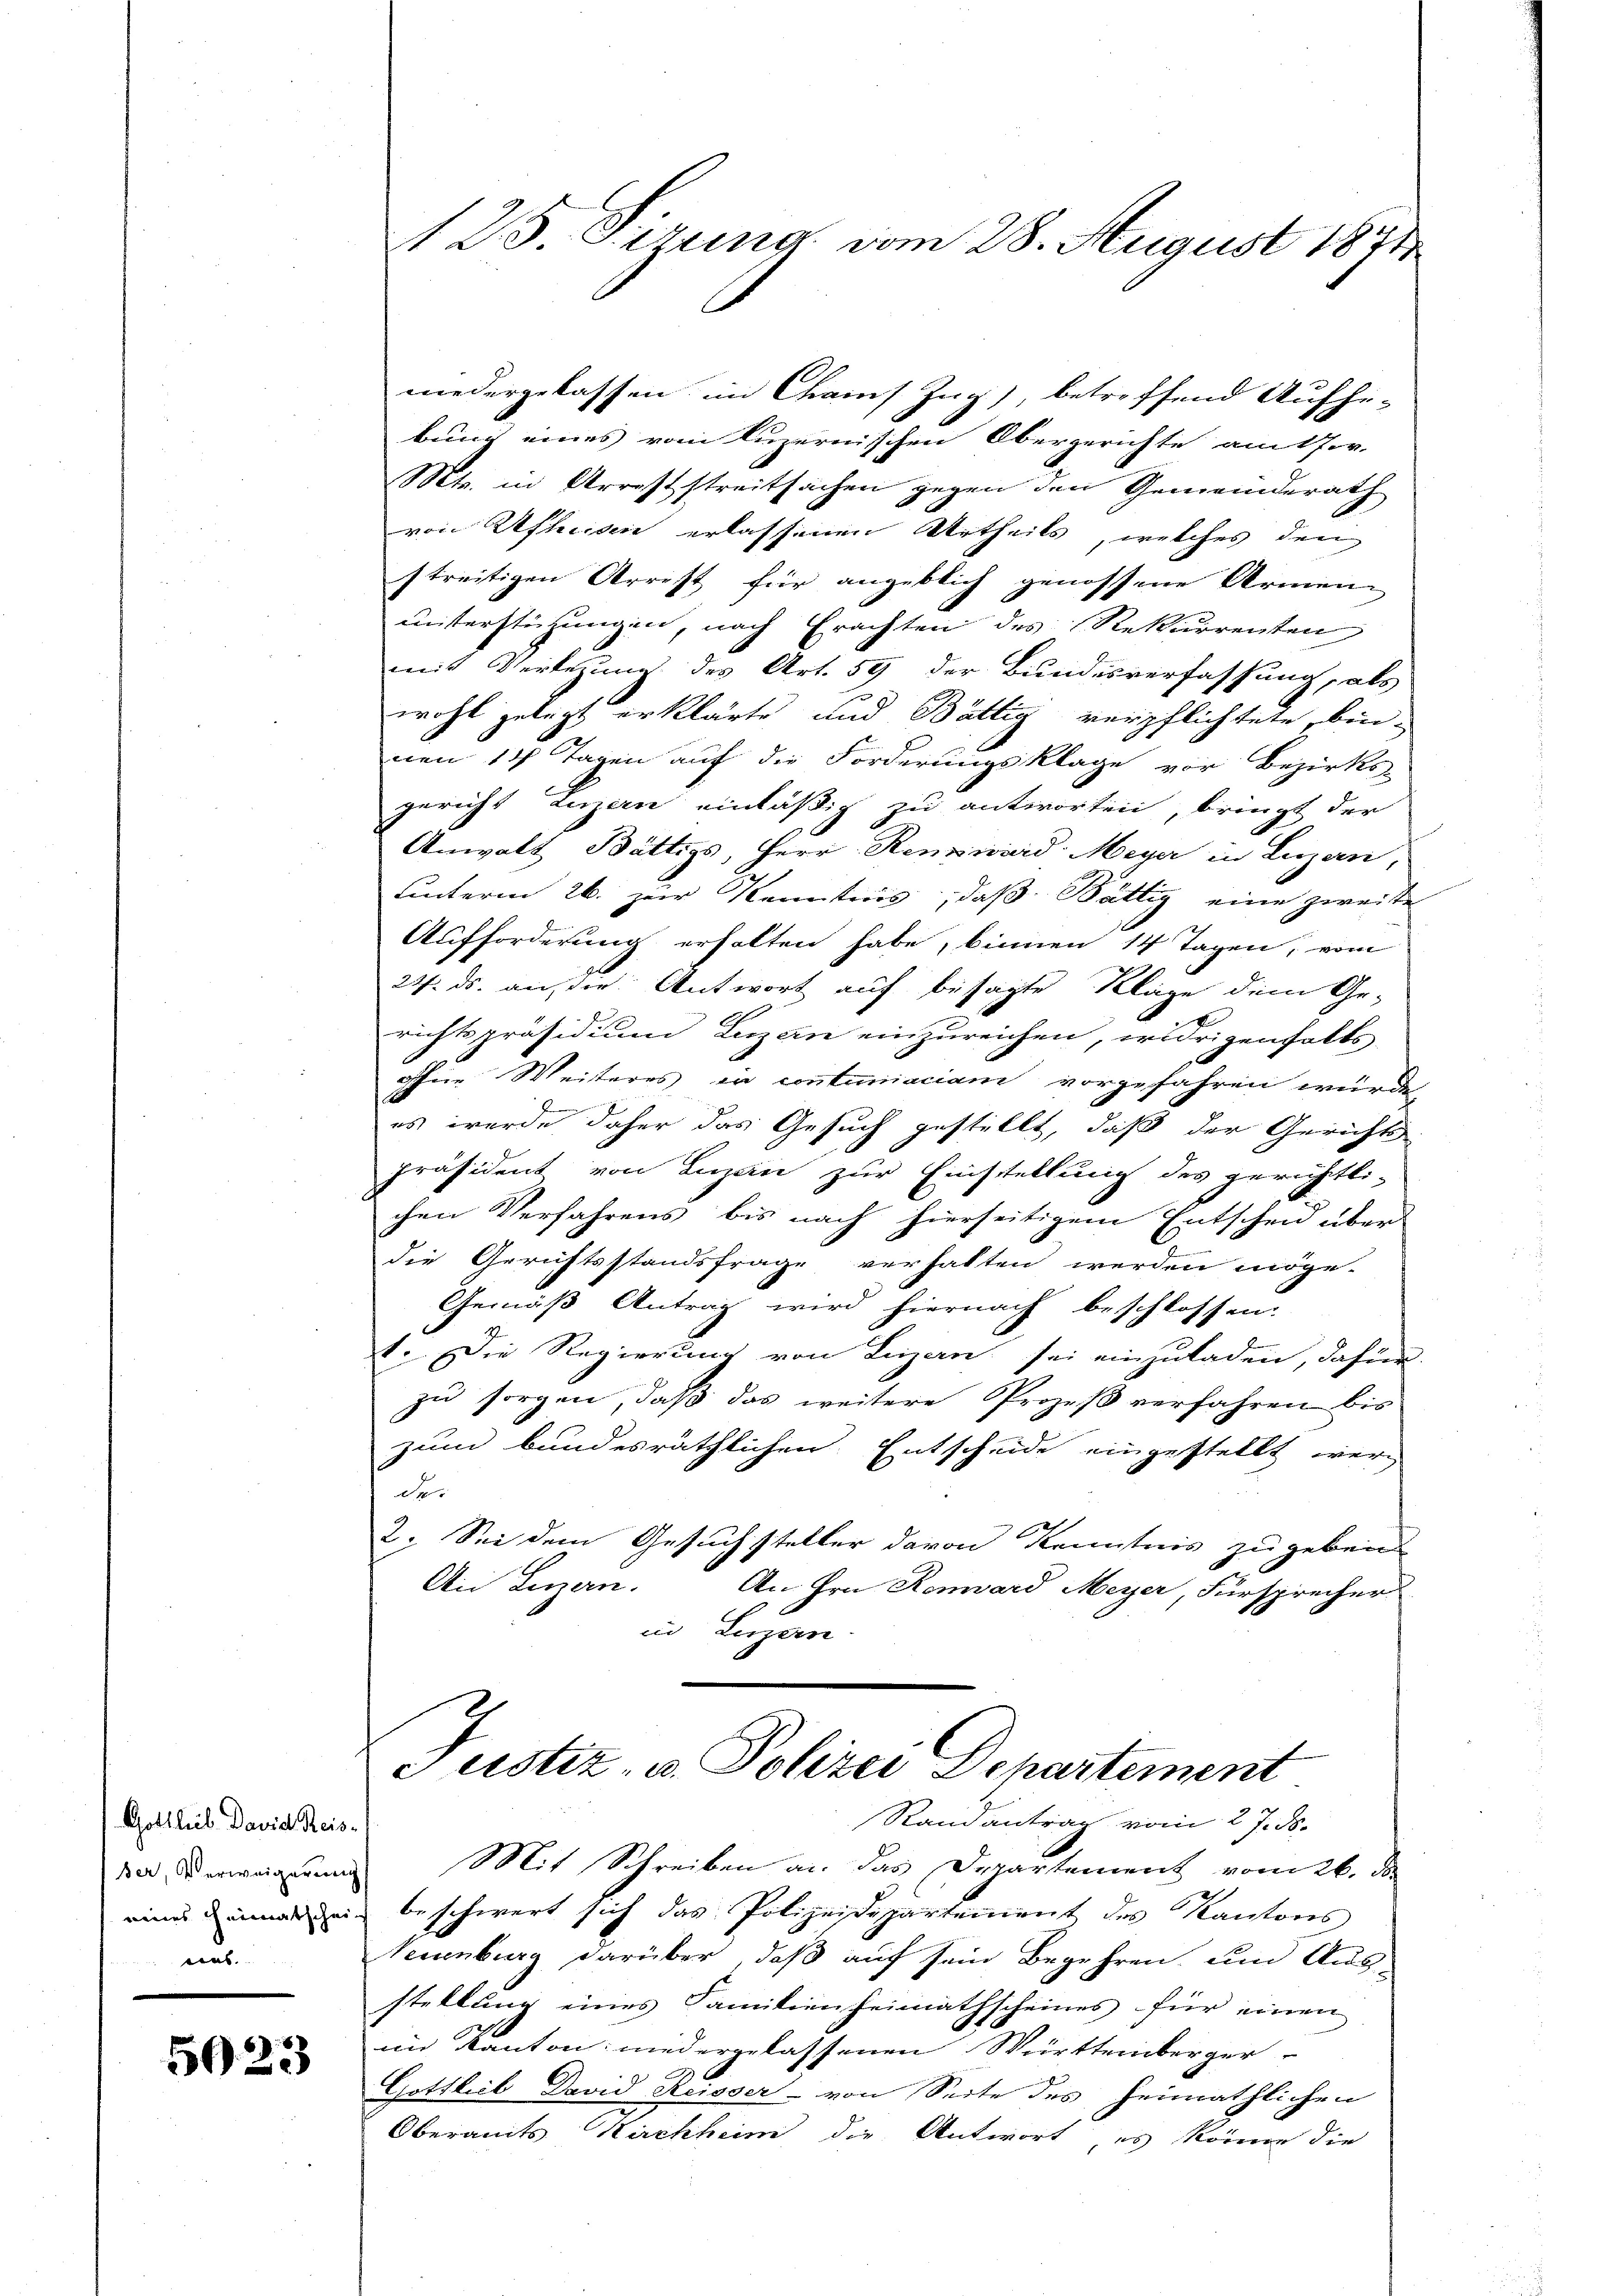
Gottlieb David Reis-
ser, Verweigerung
eines Heimatscheina

5023

125. Errung vom 28. August 1871

niedergelassen im Chams Zug, betreffend Aufhe-
bung eines vom luzernischen Obergerichte amtfor-
Mts. in Arreststreitsachen gegen den Gemeinderath
von Usterien erlassenen Urtheils, welches den
streitigen Arrest für angeblich genossene Armen
unterstüzungen, nach Erachten des Rekurrenten
mit Verlegung des Art. 59 der Bundesverfassung, als
.
wohl gelegt erklärte und Bättig verpflichtete, bin-
nen 14 Tagen auf die Forderungsklage vor Bezirks-
gericht Luzern einläßig zu antworten, bringt der
Anwalt Bättigs, Herr Renzward Meyer in Luzern,
unterm 26. zur Kenntnis, daß Bättig eine zweite
Aufforderung erholten habe, binnen 14 Tagen, vom
27. ds. an, die Antwort auf besagte Kläge dem Ge-
richtspräsidium Luzern einzureichen, widrigenfalls
ohne Weiteres in contumaciam vorgefahren würde
es werde daher das Gesuch gestellt, daß der Gerichts
präsident von Luzen zur Einstellung des gerichtli-
chen Verfahrens bis nach hierseitigem Entscheid über
die Gerichtsstandsfrage verhalten werden möge.
Gemäß Antrag wird hiernach beschlossen.
1. Die Regierung von Lizan sei einzuladen, dafür
zu sorgen, daß das weitere Prozeß verfahren bis
zum bundesräthlichen Entscheide eingestellt werd
der
2. Sei dem Gesuch steller davon Kenntnis zugeben
Ain Luzern.
An Hrn. Renward Meyer, Fürsprecher
in Luzern
Justiz- u. Polizei Departement
Randantrag vom 27. ds.
Mit Schreiben an das Departement vom 26. ds.
beschwert sich das Polizeidepartement des Kantons
Senburg darüber, daß auf sein Begehren, um Aus-
stellung eines Familienheimathscheines für einen
im Kanton niedergelassenen Württemberger
Gottlieb David Reisser - von Seite des heimathlichen
Oberamts Kirchheim die Antwort es könne die